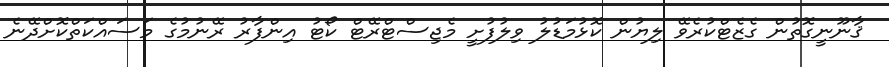
ޤާނޫނީގޮތުން ގެޒެޓްކުރެވޭ ލިޔުން ކޮޅުމަޑުލު ވިލުފުށީ މެޖިސްޓްރޭޓް ކޯޓު އިންފާރު ރޭނުމުގެ މަސައްކަތްކޮށްދޭނެ